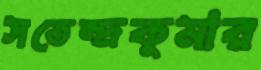
সতেন্দ্রকুমার